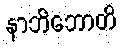
နာဘိဘောတိ